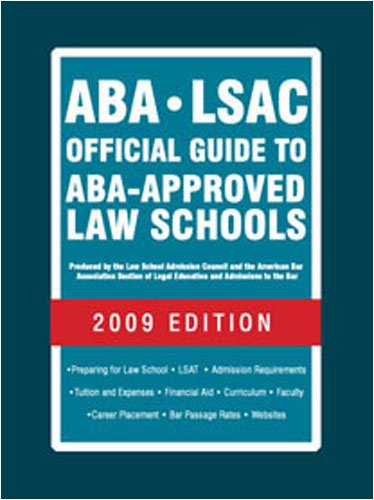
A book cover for ABA-LSAC Official Guide to ABA-Approved Law Schools 2009 (Aba Lsac Official Guide to Aba Approved Law Schools); Wendy Margolis; Education & Teaching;